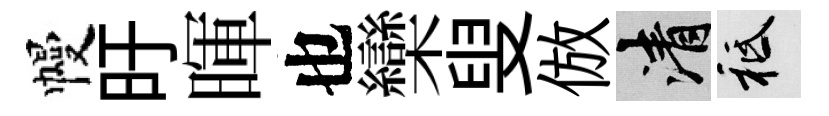
幔旴暉也欒叟倣清祇